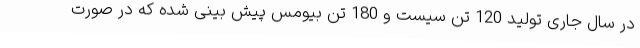
در سال جاری تولید 120 تن سیست و 180 تن بیومس پیش بینی شده که در صورت